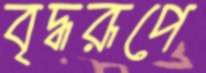
বৃদ্ধরূপে